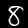
Label: 8